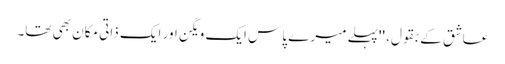
عاشق کے بقول، ''پہلے میرے پاس ایک ویگن اور ایک ذاتی مکان بھی تھا۔